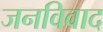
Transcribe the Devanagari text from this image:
जनविवाद